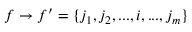
f \to f ^ { \prime } = \{ j _ { 1 } , j _ { 2 } , . . . , i , . . . , j _ { m } \}